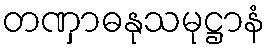
တဏှာဓနုသမုဋ္ဌာနံ